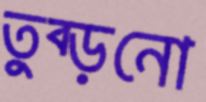
তুব্‌ড়নো